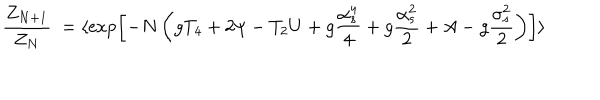
LaTeX: { \frac { Z _ { N + 1 } } { Z _ { N } } } \ = \langle \exp \left[ - N \left( g T _ { 4 } + 2 \psi - T _ { 2 } U + g { \frac { \alpha _ { s } ^ { 4 } } { 4 } } + g { \frac { \alpha _ { s } ^ { 2 } } { 2 } } + A - g { \frac { \sigma _ { s } ^ { 2 } } { 2 } } \right) \right] \rangle